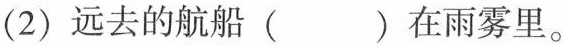
(2)远去的航船( )在雨雾里。